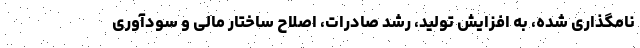
نامگذاری شده، به افزایش تولید، رشد صادرات، اصلاح ساختار مالی و سودآوری